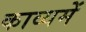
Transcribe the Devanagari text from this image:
काव्यमें